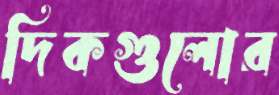
দিকগুলোর